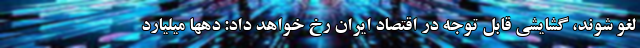
لغو شوند، گشایشی قابل توجه در اقتصاد ایران رخ خواهد داد: دهها میلیارد